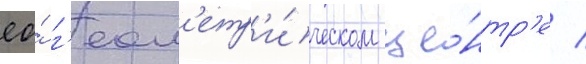
ео́ г'еом'етр'и́ческом це́нтр'е /